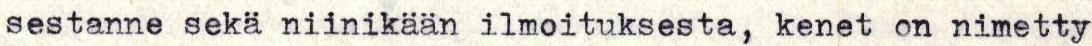
sestanne sekä niinikään ilmoituksesta, kenet on nimetty